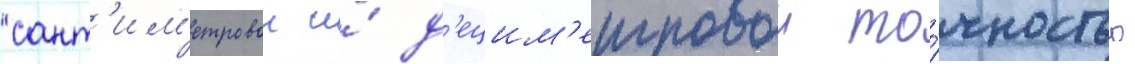
сант'им'етровои и́ д'ецим'етровои то́чностью